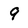
Character: 9